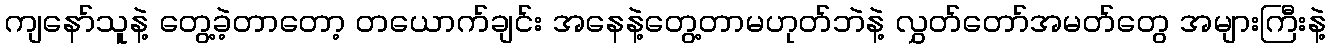
ကျနော်သူနဲ့ တွေ့ခဲ့တာတော့ တယောက်ချင်း အနေနဲ့တွေ့တာမဟုတ်ဘဲနဲ့ လွှတ်တော်အမတ်တွေ အများကြီးနဲ့